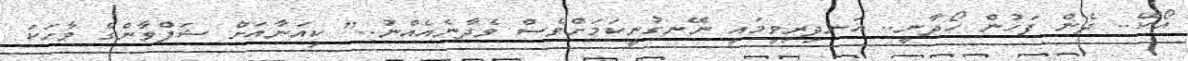
އޯކޭ.. ދެން ފަހުން ހޯދާނީ.. އަނދިރިވީމައި ނޭނގުނީކަމަށްވެސް ވެދާނެއެއްނު.." ކިއަނާއަށް ޝަފްވާންގެ ވާހަކަ